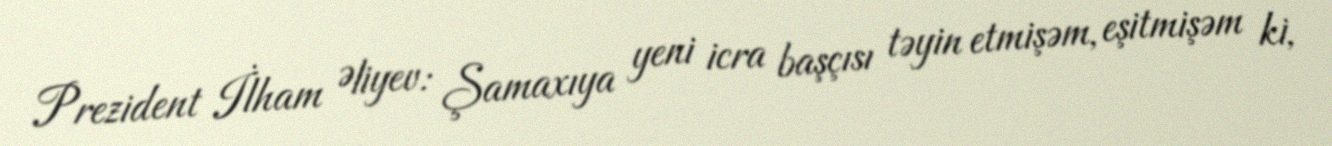
Prezident İlham Əliyev: Şamaxıya yeni icra başçısı təyin etmişəm, eşitmişəm ki,